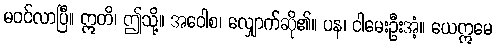
မဝင်လာပြီ။ ဣတိ၊ ဤသို့။ အဝေါစ၊ လျှောက်ဆို၏။ ပန၊ ငါမေးဦးအံ့။ ယေဣမေ